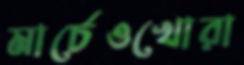
মার্চেওখোরা